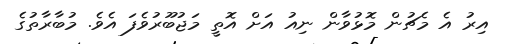
އިރު އެ މެޗުން މޮޅުވާން ނިއު އަށް އޮތީ މަޖުބޫރުވެފަ އެވެ. މުބާރާތުގެ